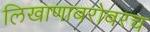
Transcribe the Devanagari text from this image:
लिखाणाबरोबरच